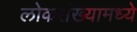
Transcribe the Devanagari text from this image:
लोकसंख्यामध्ये